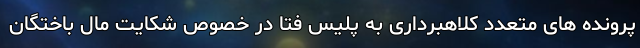
پرونده های متعدد کلاهبرداری به پلیس فتا در خصوص شکایت مال باختگان